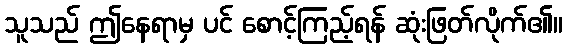
သူသည် ဤနေရာမှ ပင် စောင့်ကြည့်ရန် ဆုံးဖြတ်လိုက်၏။